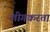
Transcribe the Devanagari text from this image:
लीगकरता